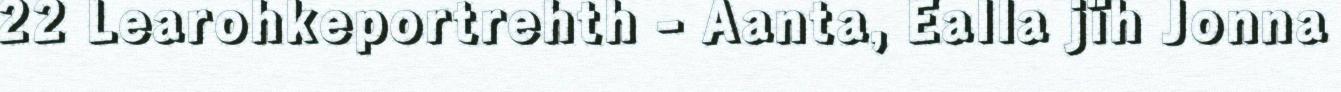
22 Learohkeportrehth - Aanta, Ealla jïh Jonna